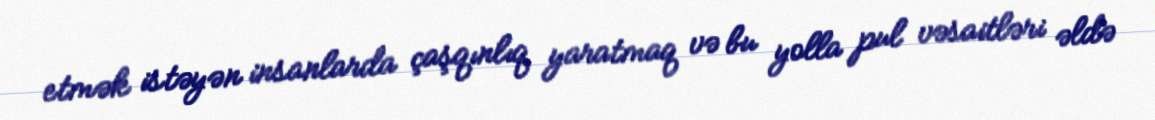
etmək istəyən insanlarda çaşqınlıq yaratmaq və bu yolla pul vəsaitləri əldə